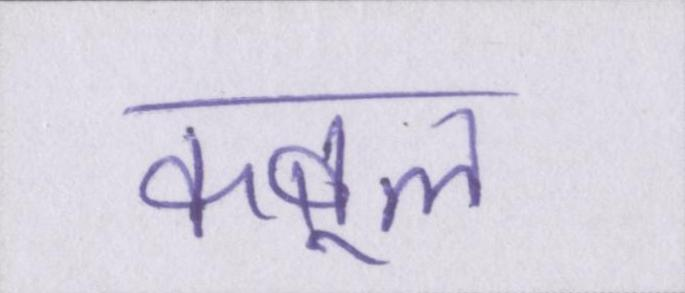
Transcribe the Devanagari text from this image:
कबूल